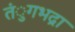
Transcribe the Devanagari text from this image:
तंुगभद्रा